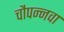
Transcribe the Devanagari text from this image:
चौपन्नवा